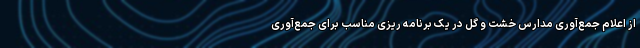
از اعلام جمع‌آوری مدارس خشت و گل در یک برنامه ریزی مناسب برای جمع‌آوری